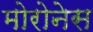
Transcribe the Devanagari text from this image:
मोरोनेस